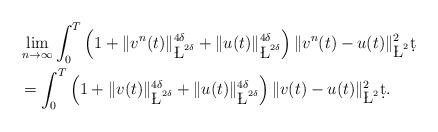
LaTeX: \begin{align*}&\lim_{n\to\infty}\int_0^T\left(1+\|v^n(t)\|_{\L^{2\delta}}^{4\delta}+\|u(t)\|_{\L^{2\delta}}^{4\delta}\right)\|v^n(t)-u(t)\|_{\L^2}^2\d t\\&= \int_0^T\left(1+\|v(t)\|_{\L^{2\delta}}^{4\delta}+\|u(t)\|_{\L^{2\delta}}^{4\delta}\right)\|v(t)-u(t)\|_{\L^2}^2\d t.\end{align*}